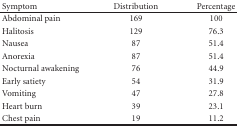
<table><thead><tr><td><b>Symptom</b></td><td><b>Distribution</b></td><td><b>Percentage</b></td></tr></thead><tbody><tr><td>Abdominal pain</td><td>169</td><td>100</td></tr><tr><td>Halitosis</td><td>129</td><td>76.3</td></tr><tr><td>Nausea</td><td>87</td><td>51.4</td></tr><tr><td>Anorexia</td><td>87</td><td>51.4</td></tr><tr><td>Nocturnal awakening</td><td>76</td><td>44.9</td></tr><tr><td>Early satiety</td><td>54</td><td>31.9</td></tr><tr><td>Vomiting</td><td>47</td><td>27.8</td></tr><tr><td>Heart burn</td><td>39</td><td>23.1</td></tr><tr><td>Chest pain</td><td>19</td><td>11.2</td></tr></tbody></table>